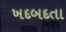
ખદબદતા